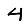
Digit: 4